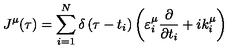
J ^ { \mu } ( \tau ) = \sum _ { i = 1 } ^ { N } \delta \left( \tau - t _ { i } \right) \left( \varepsilon _ { i } ^ { \mu } \frac \partial { \partial t _ { i } } + i k _ { i } ^ { \mu } \right)